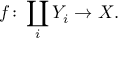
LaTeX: f \colon \coprod _ { i } Y _ { i } \to X .